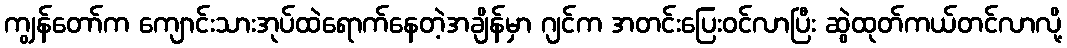
ကျွန်တော်က ကျောင်းသားအုပ်ထဲရောက်နေတဲ့အချိန်မှာ ဂျင်က အတင်းပြေးဝင်လာပြီး ဆွဲထုတ်ကယ်တင်လာလို့